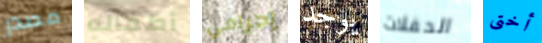
مصدر أطفاله إجرامي يوجد الحفلات أختى